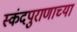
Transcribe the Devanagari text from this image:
स्कंदपुराणाच्या